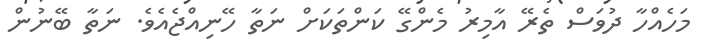
މަހެއްހާ ދުވަސް ތެރޭ އާމިރު މެންގޭ ކަންތަކަށް ނަތާ ހޭނިއްޖެއެވެ. ނަތާ ބޭނުން